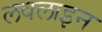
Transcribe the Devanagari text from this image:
लवलाइन